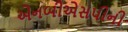
એનબીએસપીની